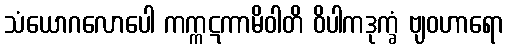
သံယောဂလောပေါ ကက္ကဋကာမိဝါတိ ဝိပါကဒုက္ခံ ဗျဝဟာရော